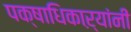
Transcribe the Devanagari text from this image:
पक्षाधिकाऱ्यांनी